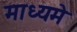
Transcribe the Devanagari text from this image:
माध्‍यमे